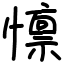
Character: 懔